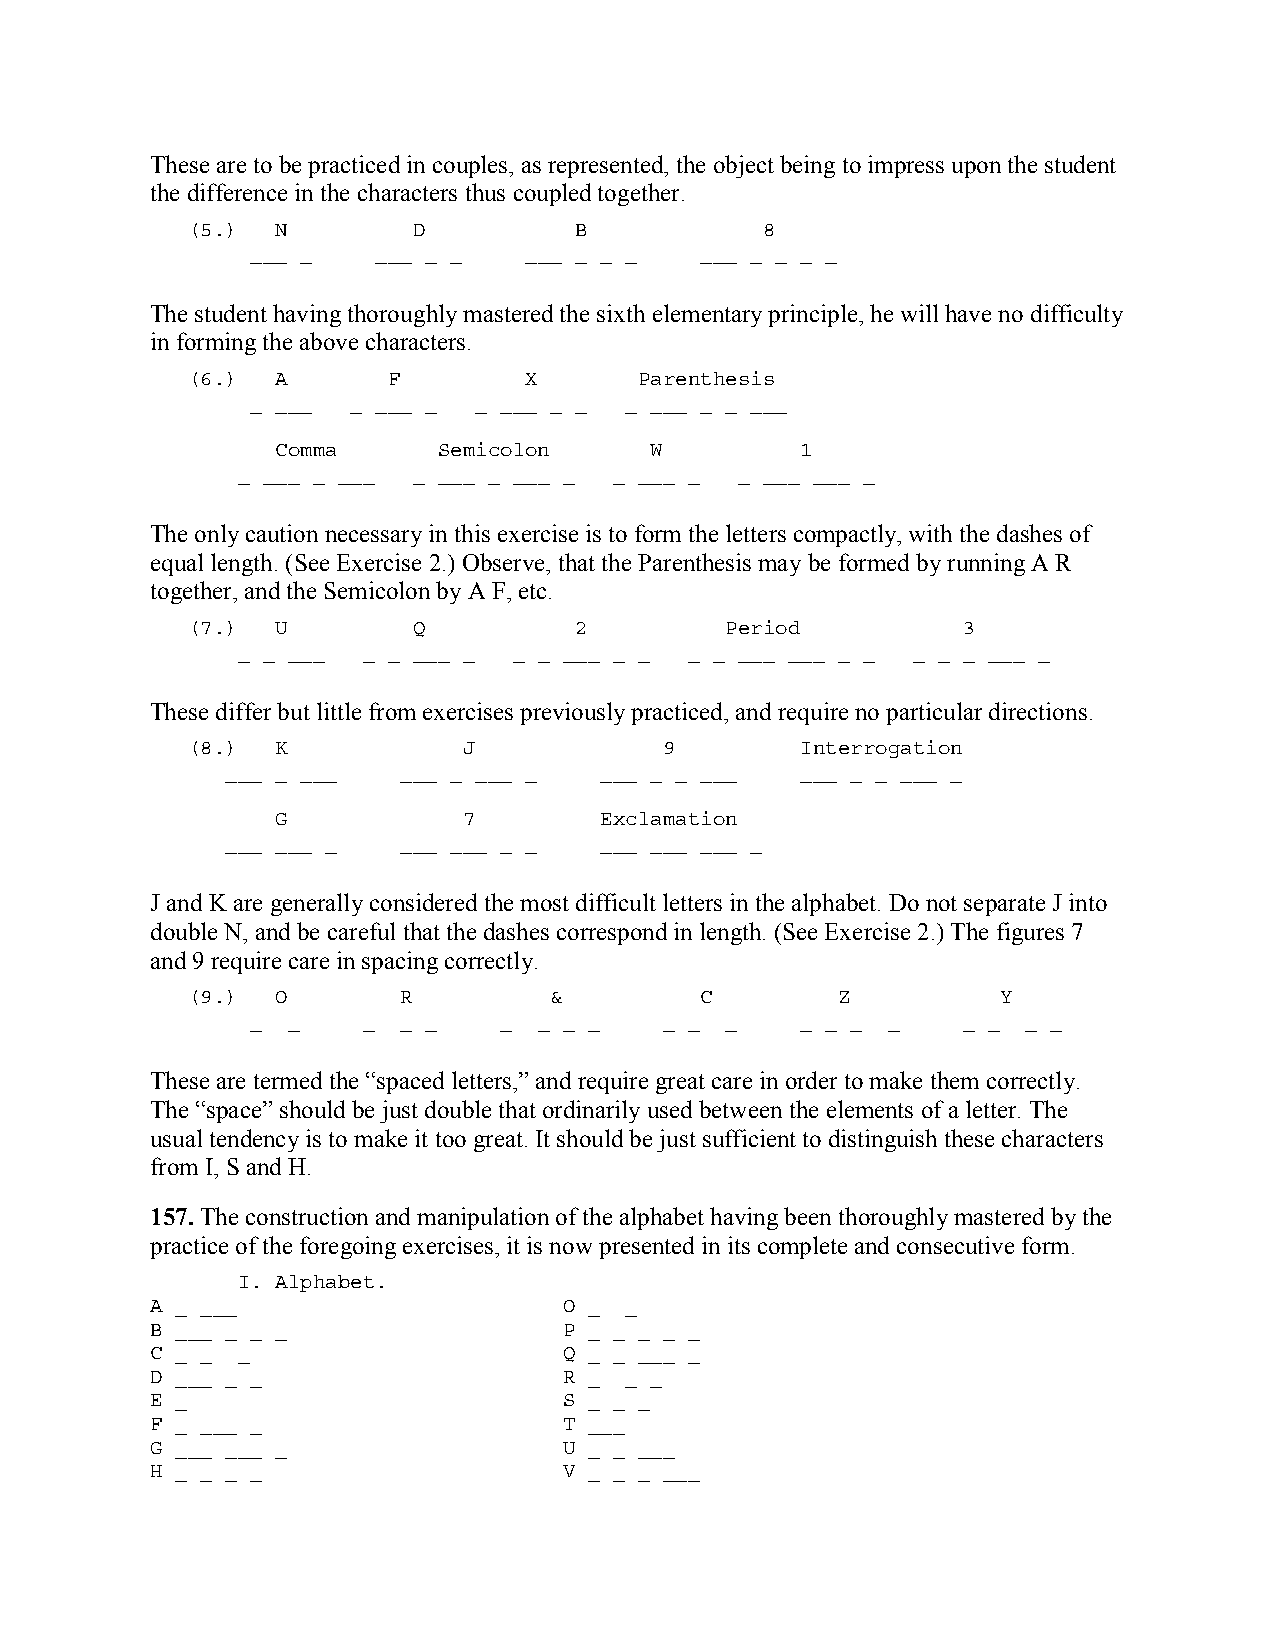
These are to be practiced in couples, as represented, the object being to impress upon the student
 the difference in the characters thus coupled together.
 (5.)  N        D          B           8
 ___ _   ___ _ _   ___ _ _ _  ___ _ _ _ _
 The student having thoroughly mastered the sixth elementary principle, he will have no difficulty
 in forming the above characters.
 (6.)  A       F        X      Parenthesis
 _ ___ _ ___ _ _ ___ _ _ _ ___ _ _ ___
 Comma      Semicolon     W         1
 _ ___ _ ___ _ ___ _ ___ _ _ ___ _ _ ___ ___ _
 The only caution necessary in this exercise is to form the letters compactly, with the dashes of
 equal length. (See Exercise 2.) Observe, that the Parenthesis may be formed by running A R
 together, and the Semicolon by A F, etc.
 (7.)  U        Q          2         Period          3
 _ _ ___ _ _ ___ _ _ _ ___ _ _ _ _ ___ ___ _ _ _ _ _ ___ _
 These differ but little from exercises previously practiced, and require no particular directions.
 (8.)  K            J            9        Interrogation
 ___ _ ___  ___ _ ___ _   ___ _ _ ___  ___ _ _ ___ _
 G            7        Exclamation
 ___ ___ _  ___ ___ _ _   ___ ___ ___ _
 J and K are generally considered the most difficult letters in the alphabet. Do not separate J into
 double N, and be careful that the dashes correspond in length. (See Exercise 2.) The figures 7
 and 9 require care in spacing correctly.
 (9.)  O       R         &         C        Z          Y
 _ _    _ _ _    _  _ _ _   _ _ _    _ _ _ _    _ _ _ _
 These are termed the “spaced letters,” and require great care in order to make them correctly.
 The “space” should be just double that ordinarily used between the elements of a letter. The
 usual tendency is to make it too great. It should be just sufficient to distinguish these characters
 from I, S and H.
 157. The construction and manipulation of the alphabet having been thoroughly mastered by the
 practice of the foregoing exercises, it is now presented in its complete and consecutive form.
 I. Alphabet.
 A _ ___                    O _ _
 B ___ _ _ _                P _ _ _ _ _
 C _ _ _                    Q _ _ ___ _
 D ___ _ _                  R _ _ _
 E _                        S _ _ _
 F _ ___ _                  T ___
 G ___ ___ _                U _ _ ___
 H _ _ _ _                  V _ _ _ ___